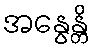
အနွေန္တိ